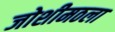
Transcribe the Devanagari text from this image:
जोशीमठला